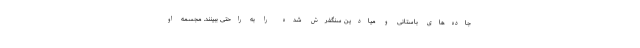
جاده‌های باستانی و میادین سنگفرش شده را به راحتی ببینند. مجسمه او